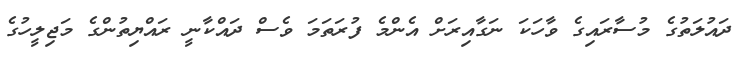
ދައުލަތުގެ މުސާރައިގެ ވާހަކަ ނަގާއިރަށް އެންމެ ފުރަތަމަ ވެސް ދައްކާނީ ރައްޔިތުންގެ މަޖިލީހުގެ